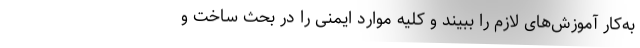
به‌کار آموزش‌های لازم را ببیند و کلیه موارد ایمنی را در بحث ساخت و